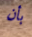
بأن